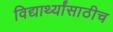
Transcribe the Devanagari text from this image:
विद्यार्थ्यांसाठीच